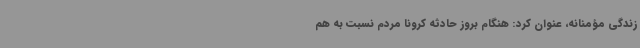
زندگی مؤمنانه، عنوان کرد: هنگام بروز حادثه کرونا مردم نسبت به هم